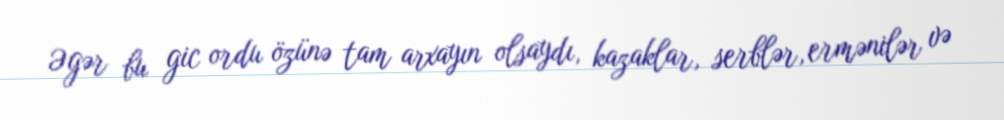
Əgər bu gic ordu özünə tam arxayın olsaydı, kazaklar, serblər, ermənilər və